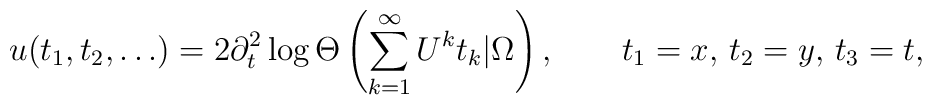
u(t_1,t_2,\ldots)=2\partial_t^2\log \Theta\left(\sum_{k=1}^\infty U^kt_k|\Omega\right),\qquad t_1=x,\, t_2=y,\, t_3=t,